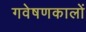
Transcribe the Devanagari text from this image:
गवेषणकालों